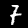
Label: 7